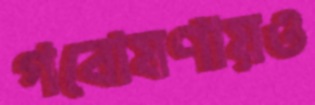
গবোষণায়ও